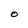
Character: O